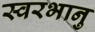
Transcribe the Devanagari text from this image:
स्वरभानु